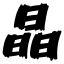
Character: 晶